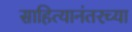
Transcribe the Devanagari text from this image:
साहित्यानंतरच्या